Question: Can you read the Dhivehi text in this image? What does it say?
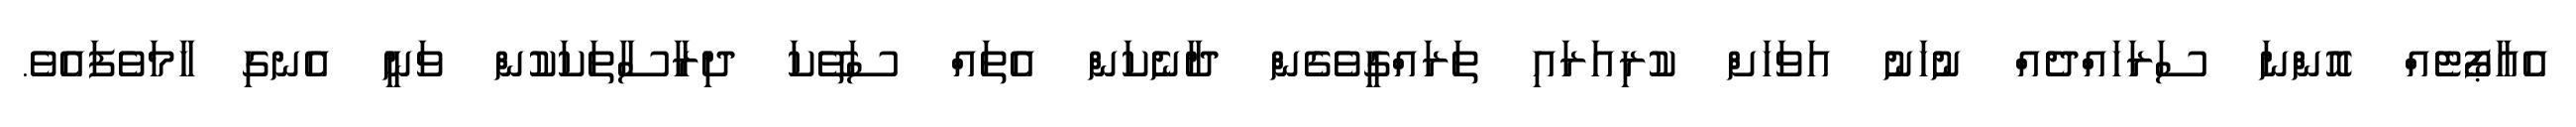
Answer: އެއާޕޯޓެއް އޮންނަ ސަރަހައްދެއް ނުހަނު އަވަހަށް ކުރިއަރައި ތަރައްގީވެގެން ދާނެކަން އެތައް ސަތޭކަ ދިރާސާތަކަކުން ވަނީ އެނގި ހާމަވެފައެވެ.